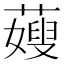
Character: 䕅